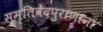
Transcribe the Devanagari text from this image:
स्मृतिवेदपुराणानां